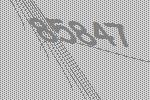
85847